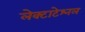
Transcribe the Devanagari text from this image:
लेक्टाटेश्नल